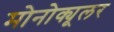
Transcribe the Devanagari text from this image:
मोनोक्यूलर